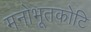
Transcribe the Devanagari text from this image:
मनोभूतकोटि